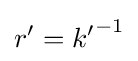
r^{\prime }={k^{\prime }}^{-1}